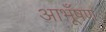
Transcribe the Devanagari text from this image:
आभूँषण